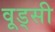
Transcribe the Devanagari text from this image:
वूड्सी